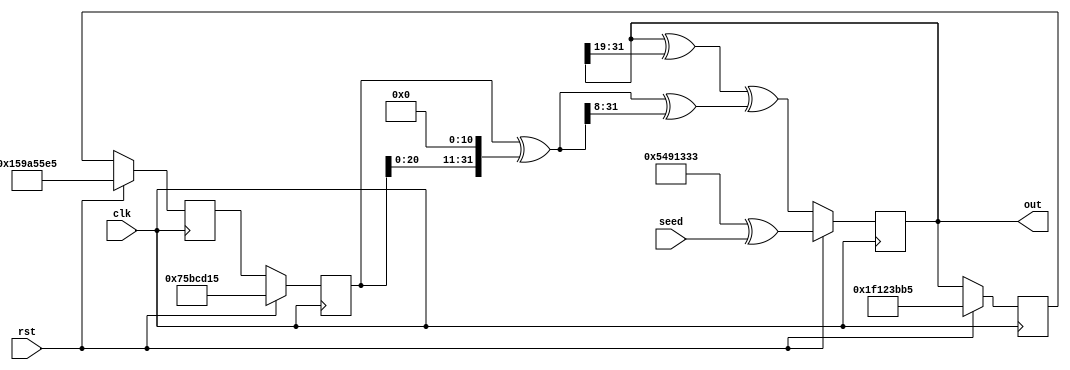
`timescale 1ns / 1ps
//////////////////////////////////////////////////////////////////////////////////
// Company: 
// Engineer: 
// 
// Design Name: 
// Module Name: XorShift
// Project Name: 
// Target Devices: 
// Tool Versions: 
// Description: 
// 
// Dependencies: 
// 
// Revision:
// Revision 0.01 - File Created
// Additional Comments:
// 
//////////////////////////////////////////////////////////////////////////////////


module XorShift(clk,rst,seed,out);
    input clk,rst;
    input [0:31]seed;
    output [0:31]out;
    reg [0:31]x,y,z,w;
    wire [0:31]temp;
    assign out=w;
    assign temp=x^(x<<11);
    always @(posedge clk)begin
        if(rst)begin
            x<=123456789;
            y<=362436069;
            z<=521288629;
            w<=88675123^seed;
        end
        else begin
            x<=y;
            y<=z;
            z<=w;
            w<=(w^(w>>19))^(temp^(temp>>8));
        end
    end
endmodule